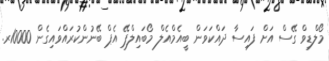
މޯލްޑިވް ގޭސް އަށް ފައިސާ ދައްކަވަން ބީއެމްއެލް މޯބައިލްޕޭ އެޕް ބޭނުންކުރައްވައިގެން 10000ރ.